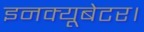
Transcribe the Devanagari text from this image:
इनक्यूबेटर।